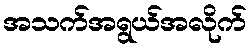
အသက်အရွယ်အလိုက်